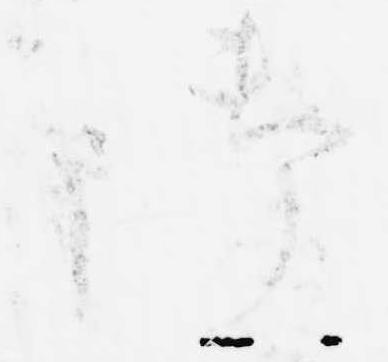
御